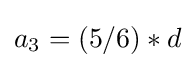
a_{3}=(5/6)*d